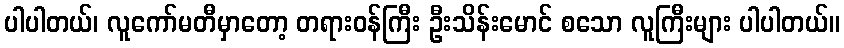
ပါပါတယ်၊ လူကော်မတီမှာတော့ တရားဝန်ကြီး ဦးသိန်းမောင် စသော လူကြီးများ ပါပါတယ်။